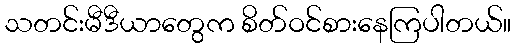
သတင်းမီဒီယာတွေက စိတ်ဝင်စားနေကြပါတယ်။